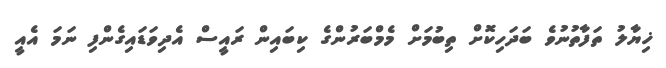
ޚިޔާލު ތަފާތުނުވެ ބަދަހިކޮށް ތިބުމަށް މެމްބަރުންގެ ކިބައިން ރައީސް އެދިވަޑައިގެންފި ނަމަ އެއީ